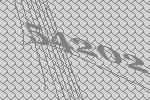
54202